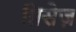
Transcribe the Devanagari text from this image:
ग्निसेज़